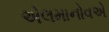
એલમાનોવએ